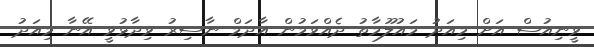
ވީނިއުސް އަށް މިއަދު މައުލޫމާތު ދެއްވަމުން އާދަމް ނާސިރު ވިދާޅުވީ އޭނާ މިއަދު